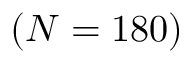
( N = 1 8 0 )